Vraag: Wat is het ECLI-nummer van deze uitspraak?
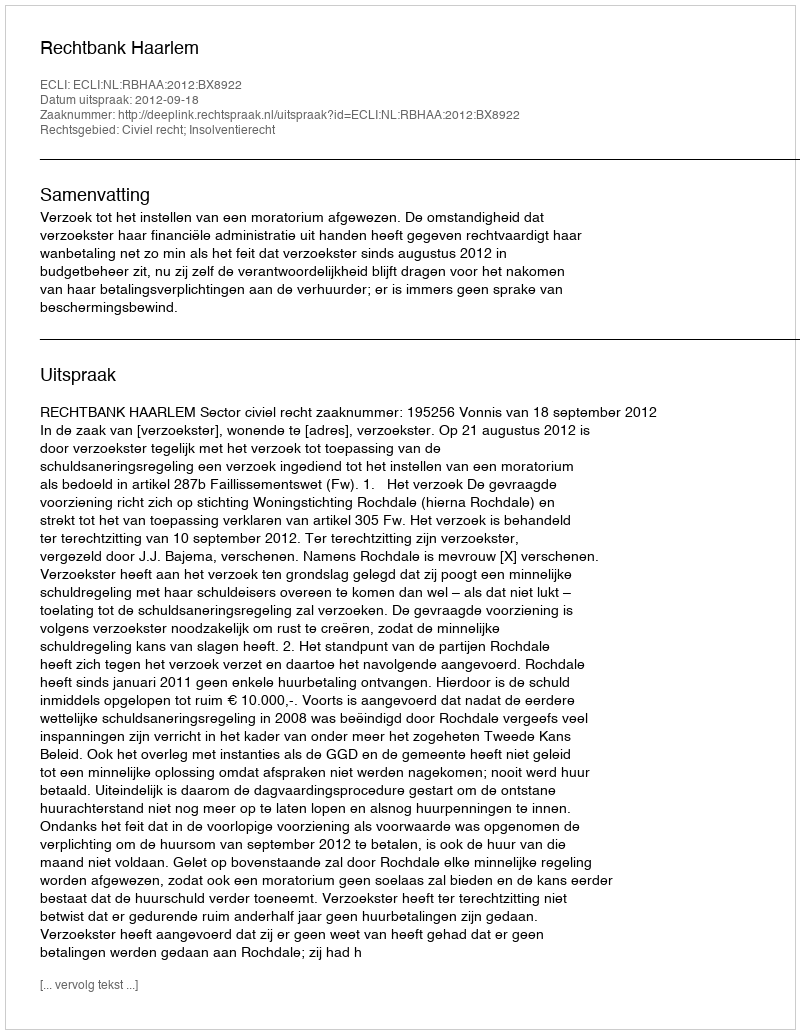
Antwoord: ECLI:NL:RBHAA:2012:BX8922